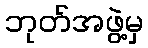
ဘုတ်အဖွဲ့မှ